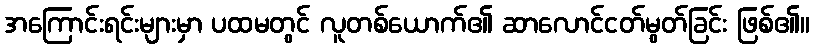
အကြောင်းရင်းများမှာ ပထမတွင် လူတစ်ယောက်၏ ဆာလောင်ငတ်မွတ်ခြင်း ဖြစ်၏။